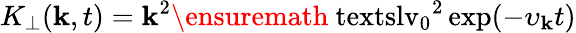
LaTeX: K_{\perp}(\mathbf{k},t)=\mathbf{k}^{2}\ensuremath{{\mathrm{{\ textsl{v}}}_{0}}}^{2}\exp(-\upsilon_{\mathbf{k}}t)